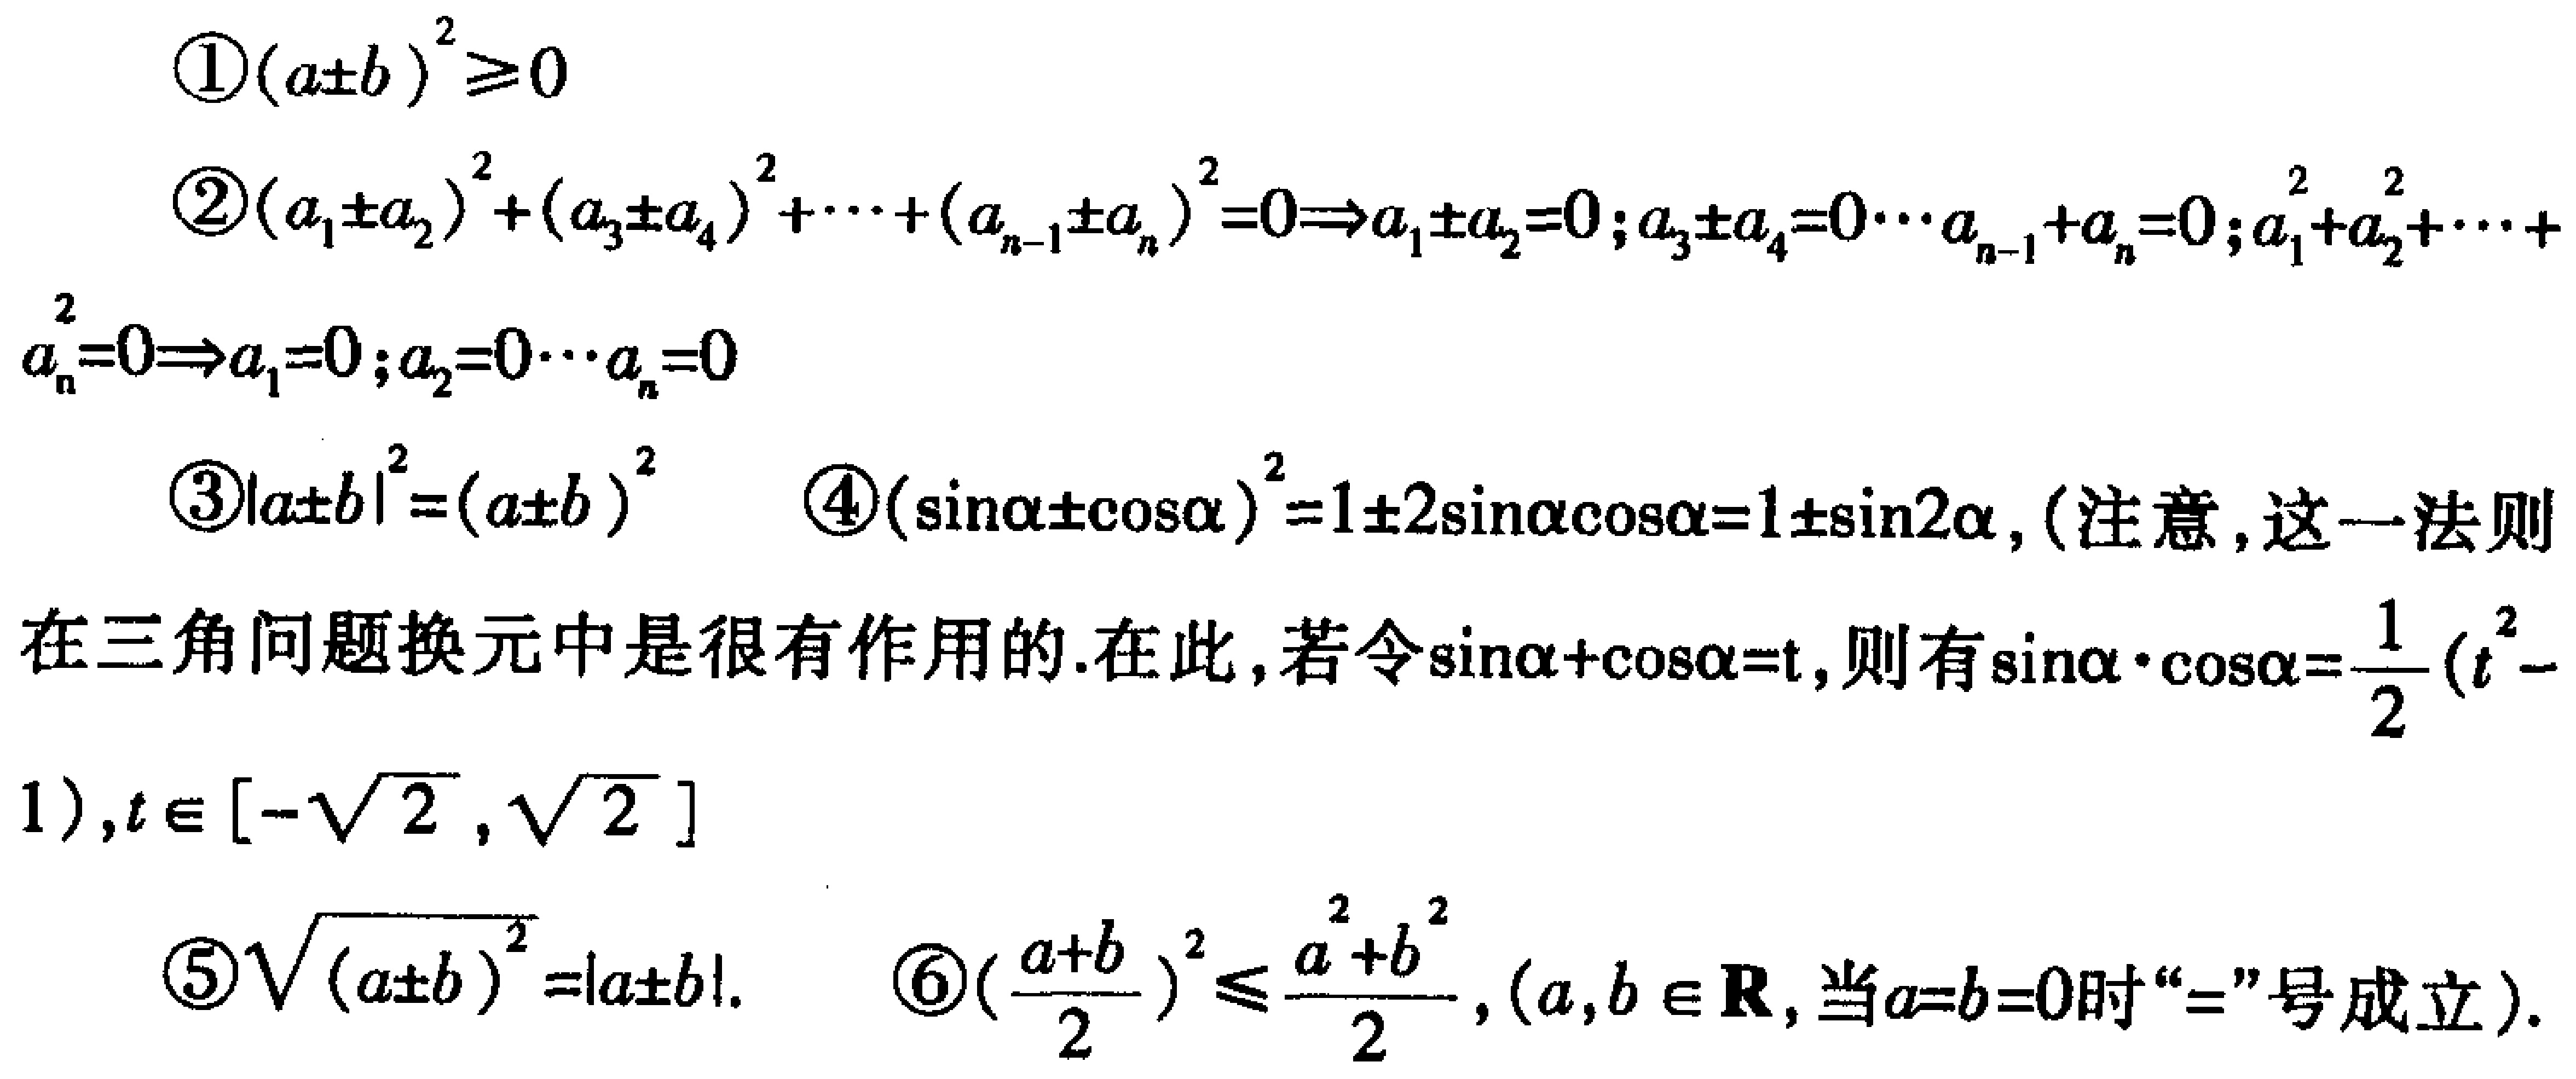
\textcircled{1}\((a\pm b)^2\geq0\)
\textcircled{2}\((a_1\pm a_2)^2+(a_3\pm a_4)^2+\cdots+(a_{n - 1}\pm a_n)^2 = 0\Rightarrow a_1\pm a_2 = 0;a_3\pm a_4 = 0\cdots a_{n - 1}\pm a_n = 0;a_1^2 + a_2^2+\cdots+a_n^2 = 0\Rightarrow a_1 = 0;a_2 = 0\cdots a_n = 0\)
\textcircled{3}\(\vert a\pm b\vert^2=(a\pm b)^2\)
\textcircled{4}\((\sin\alpha\pm\cos\alpha)^2 = 1\pm2\sin\alpha\cos\alpha = 1\pm\sin2\alpha\)，（注意，这一法则在三角问题换元中是很有作用的.在此，若令\(\sin\alpha+\cos\alpha = t\)，则有\(\sin\alpha\cdot\cos\alpha=\frac{1}{2}(t^2 - 1)\)，\(t\in[-\sqrt{2},\sqrt{2}]\)）
\textcircled{5}\(\sqrt{(a\pm b)^2}=\vert a\pm b\vert\).
\textcircled{6}\((\frac{a + b}{2})^2\leq\frac{a^2 + b^2}{2}\)，\((a,b\in\mathbf{R}\)，当\(a = b = 0\)时“\(=\)”号成立）.